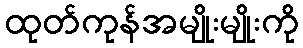
ထုတ်ကုန်အမျိုးမျိုးကို